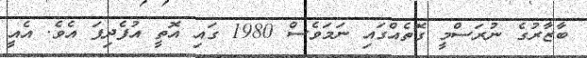
ބާޒާރުގެ ނުރަސްމީ ގޮތެއްގައި ނަމަވެސް 1980 ގައި އޮތީ އުފެދިފަ އެވެ. އެއީ